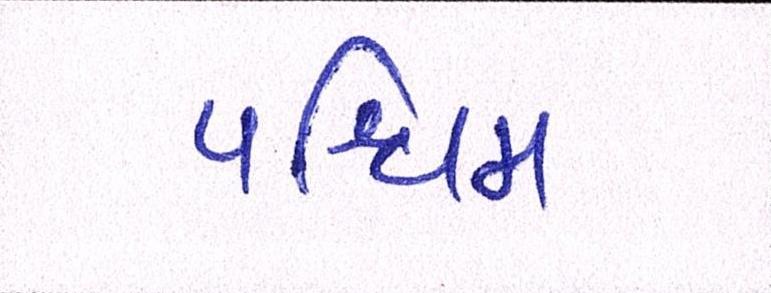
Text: પશ્ચિમ